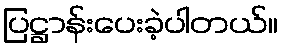
ပြဋ္ဌာန်းပေးခဲ့ပါတယ်။